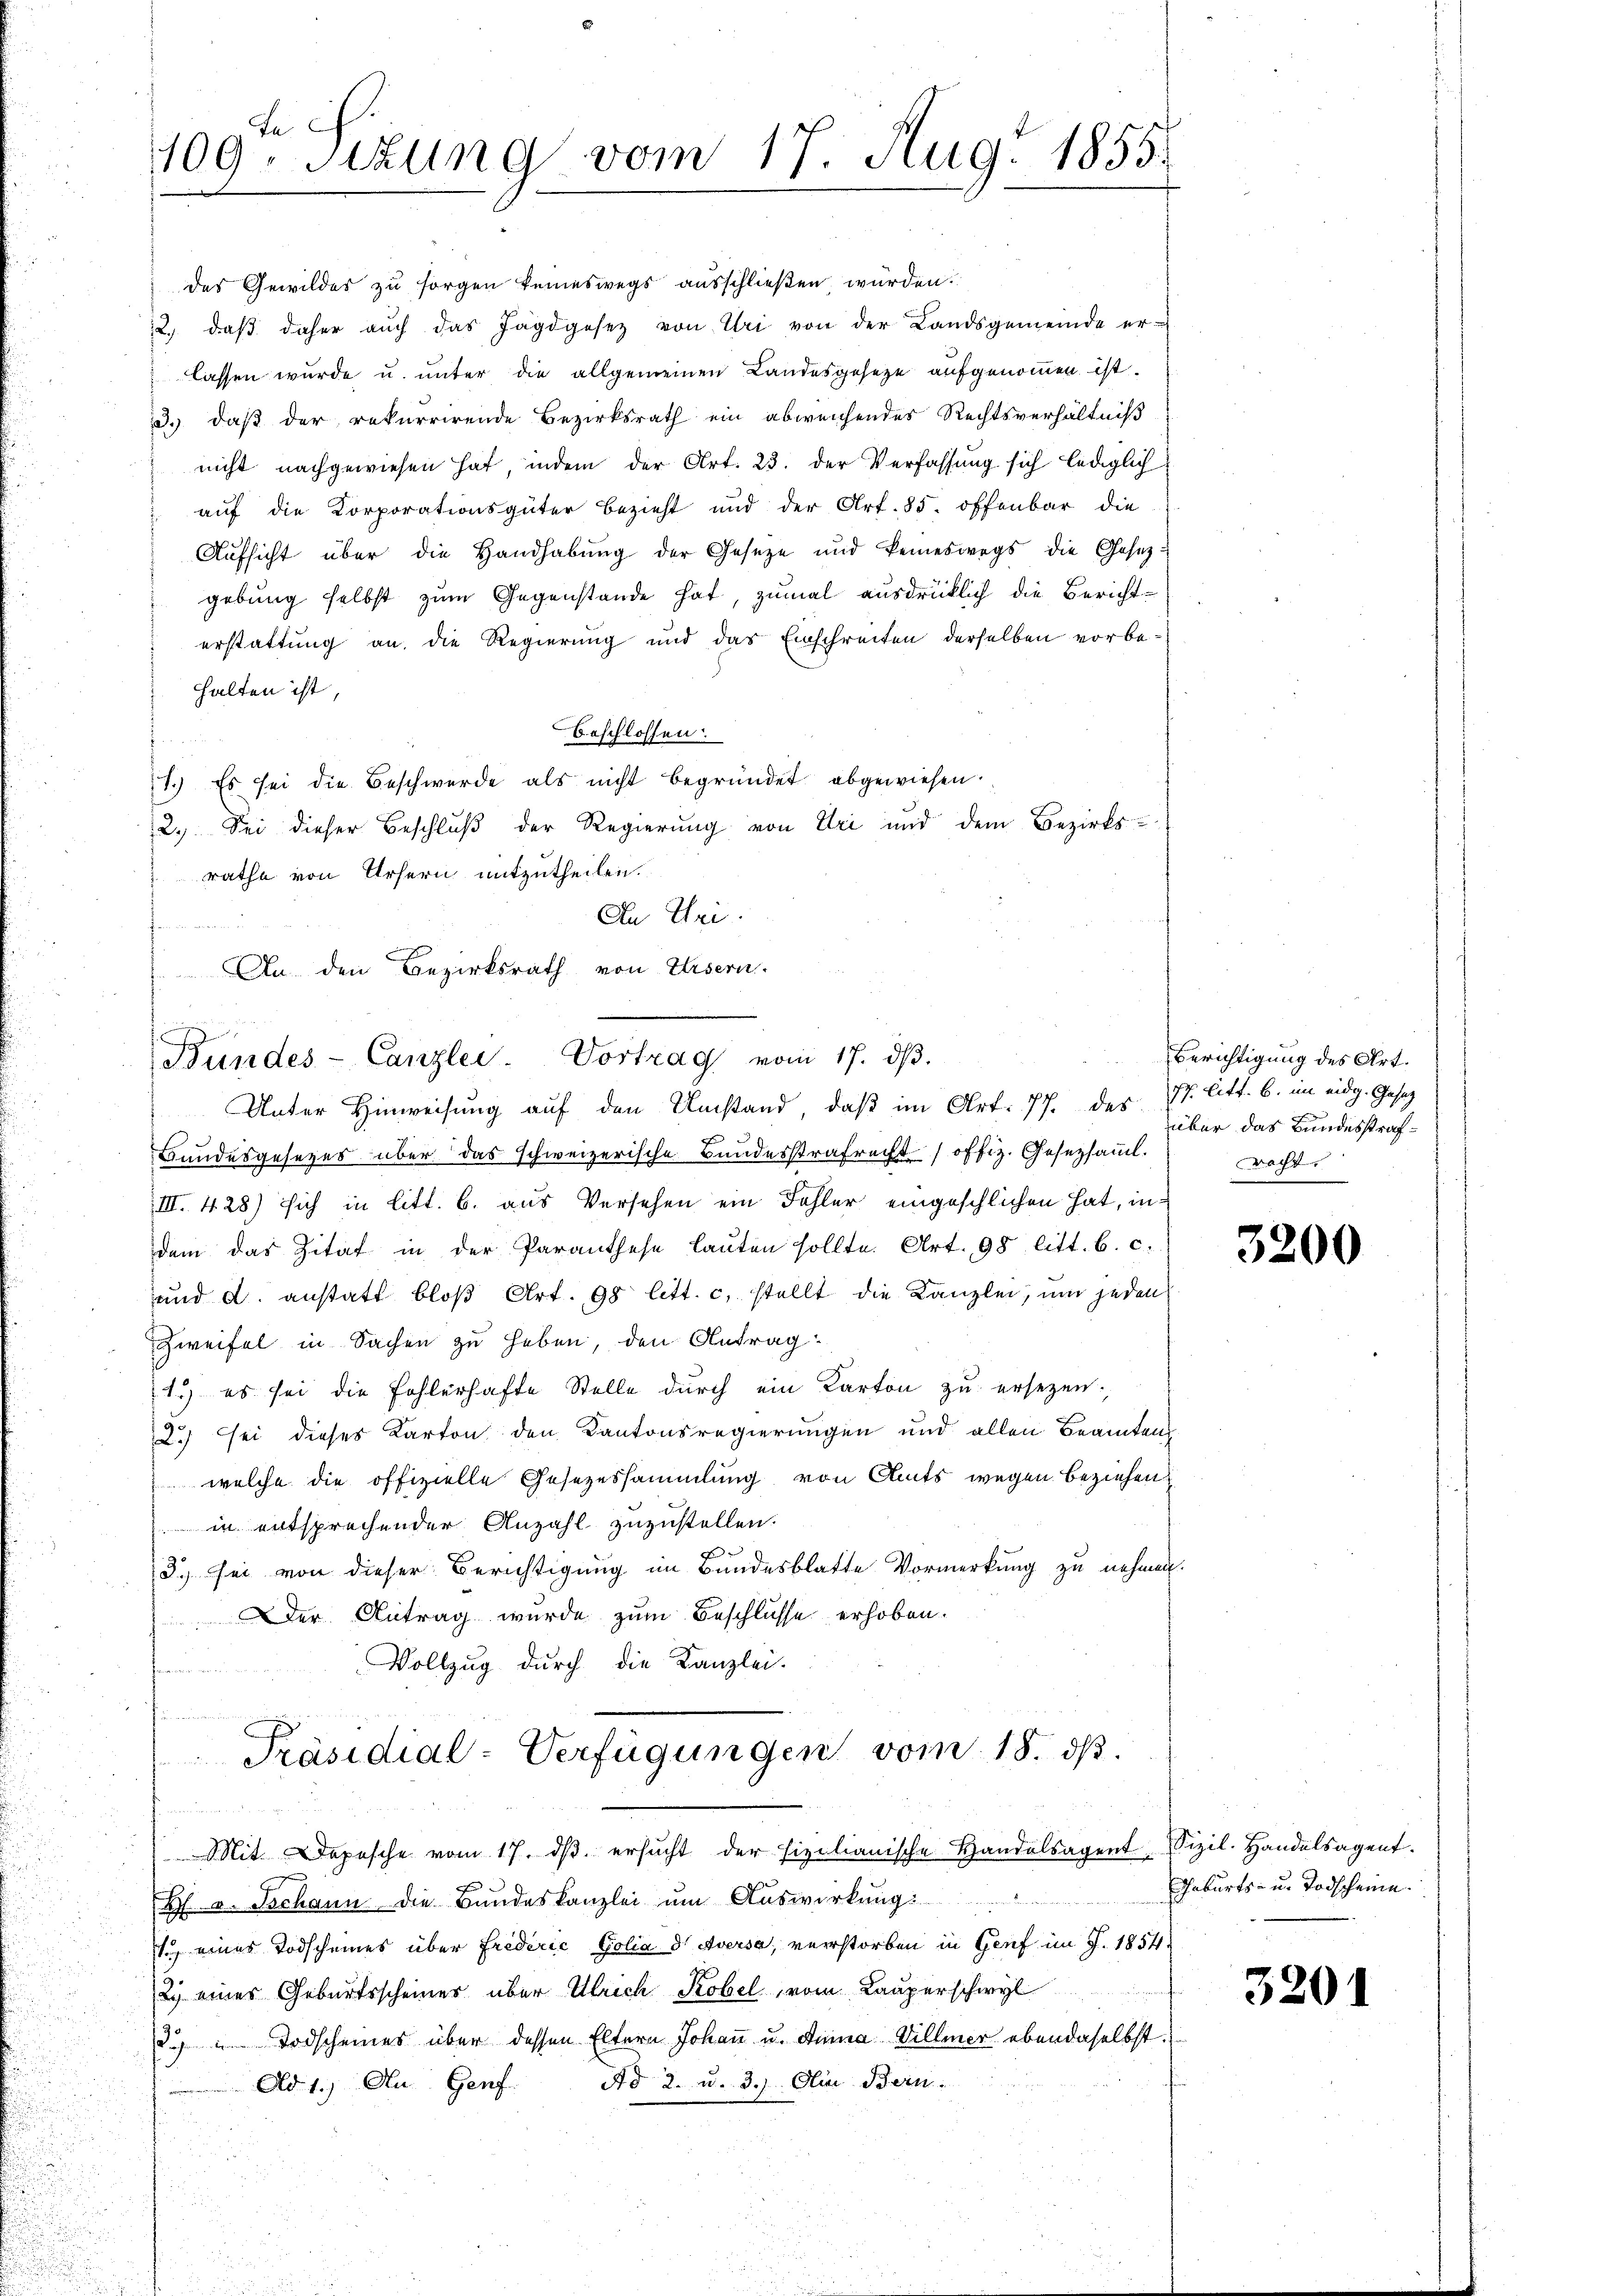
s
109. Sizung vom 17. Aug. 1855.

des Gewildes zu sorgen keineswegs ausschließen, wurden.
12. daβ daher aŭch das Jagdgesetz von Uri von der Landsgemeinde er-
lassen wurde u. unter die allgemeinen Landesgeseze aufgenommen ist.
3.) daß der rekurrirende Bezirksrath ein abweichendes Rechtsverhältniß
nicht nachgewiesen hat, indem der Art. 23. der Verfassung sich lediglich
auf die Korporationsgüter Bezieht und der Art. 85. offenbar die
Aŭfsicht über die Handhabŭng der Geseze und keineswegs die Gesezgebung selbst zum Gegenstände hat, zumal ausdrücklich die Berichterstattung an die Regierung und das Einschreiten derselben vorbehalten ist,
beschlossen:
7.) Es sei die Beschwerde als nicht begründet abgewiesen.
2.) Sei dieser Beschluß der Regierung von Uri und dem Bezirks-
rathe von Ursern mitzutheilen.
An Thei
t
An den Bezirksrath von Ursern.

Bundes-Canzlei- Vortrag vom 17. dβ.

Unter Hinweisung auf den Umstand, daß im Art. 77. des 7. litt. b. im eidg. Gesetz
Bundesgesezes über das schweizerische Bundesstrafrecht offiz. Gesetzsamml.
III. 428) sich in litt. b. aus Versehen ein Fehler eingeschlichen hat, indem das Zitat in der Paranthese lauten sollte. Art. 98 litt. b. c.
und d. anstatt bloß Art. 98 litt. c. stellt die Kanzlei, um jeden
Zweifel in Sachen zu heben, den Antrag
1.) es sei die Fohlerhafte Stelle durch ein Karton zu ersezen:
2.) sei dieses Karton den Kantonsregierungen und allen Beamten
welche die offizielle Gesezessammlung von Amts wegen beziehen
in entsprechender Anzahl zuzustellen.
e
3. sei von dieser Berichtigung im Bundesblatte Vormerkung zu nehmen.
.Der Antrag wurde zum Beschlusse erhoben.
Vollzug durch die Kanzlei.
brand un
Präsidial-Verfügungen vom 18. ds.
Mit Depesche vom 17. dβ ersŭcht der fixilianische Handelsagent Sizil. Handelsagent.
H v. Jschann die Bundeskanzlei um Auswirkung:
1. eines Todscheines über Friderić Golia d' Aversa, verstorben in Genf im J. 1854.
2.) eines Geburtsscheiner über Ulrich Kobel, vom Lauperschwyl
. u Todscheines über dessen Eltern Johan u. Anna Villmer ebendaselbst.
Ad 1.) An Genf Ad 2. u. 3.) Die Bern.

Berichtigung des Art.
über das Bundesstrafracht.

3200

Geburts- u. Todscheine.

3201